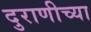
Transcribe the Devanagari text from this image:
दुराणीच्या